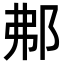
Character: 𨚓